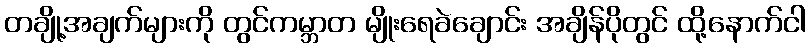
တချို့အချက်များကို တွင်ကမ္ဘာတ မျိုးရေခဲချောင်း အချိန်ပိုတွင် ထို့နောက်ငါ